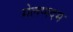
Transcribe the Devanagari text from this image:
मेलप्पदम